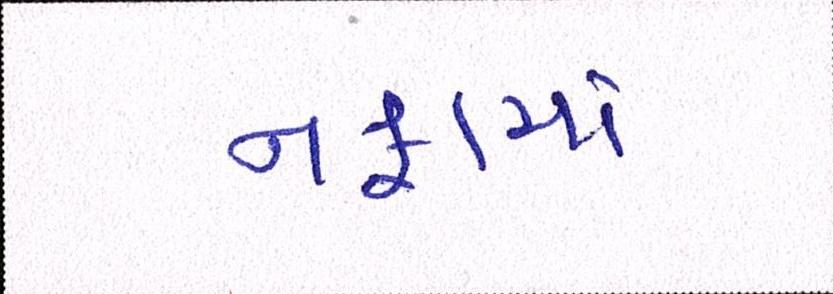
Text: નફામાં